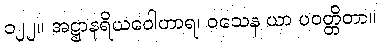
၁၂၂။ အဋ္ဌာနရိယဝေါဟာရ၊ ဝသေန ယာ ပဝတ္တိတာ။